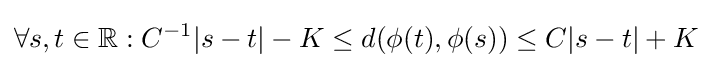
\forall s,t\in \mathbb {R} :C^{-1}|s-t|-K\leq d(\phi (t),\phi (s))\leq C|s-t|+K